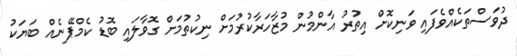
ދުވަސްތަކެއްވެފައި ވަނިކޮށްް އިތުރު އާންމުން މުޒާހަރާކުރުމަށް ނިކުތުމަށް ގޮވާލައި ބޮޑު ކެމްޕޭނެއް ބަޔަކު